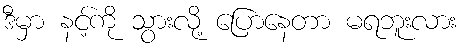
ဒီမှာ နင့်ကို သွားလို့ ပြောနေတာ မရဘူးလား